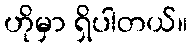
ဟိုမှာ ရှိပါတယ်။